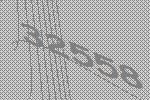
32558